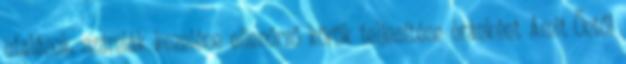
utalások, számlák kezelése ellenőrző körök teljesítése óránként Amit Öntől